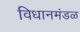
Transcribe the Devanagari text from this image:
विधानमंडळ